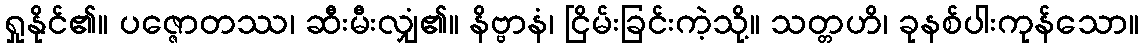
ရှုနိုင်၏။ ပဇ္ဇောတဿ၊ ဆီးမီးလျှံ၏။ နိဗ္ဗာနံ၊ ငြိမ်းခြင်းကဲ့သို့။ သတ္တဟိ၊ ခုနစ်ပါးကုန်သော။